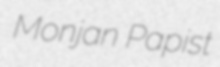
Monjan Papist